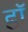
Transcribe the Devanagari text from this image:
डाॅॅ